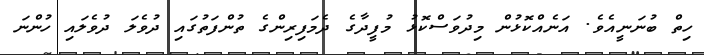
ހިތް ބުނަނީއެވެ. އަނެއްކޮޅުން މިދުވަސްކޮޅު މުފީދާގެ ދެމަފިރިންގެ ތުންފަތުގައި ދުވެލަ ދުވެލައި ހުންނަ